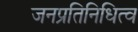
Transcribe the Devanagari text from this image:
जनप्रतिनिधित्व